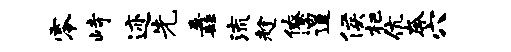
零峙迹先纛流趁僚遑侯杷伉奔穴